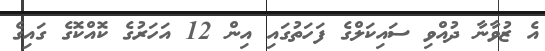
އެ ޒުވާނާ ދުއްވި ސައިކަލްގެ ފަހަތުގައި އިން 12 އަހަރުގެ ކޮއްކޮގެ ގައިގެ